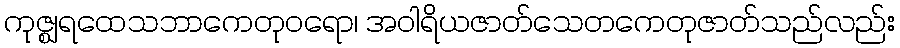
ကုဇ္ဈရထေသဘာကေတုဝရော၊ အဝါရိယဇာတ်သေတကေတုဇာတ်သည်လည်း